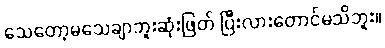
သေတော့မသေချာဘူးဆုံးဖြတ် ပြီးလားတောင်မသိဘူး။